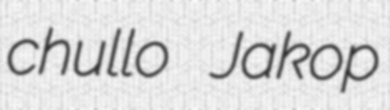
chullo Jakop